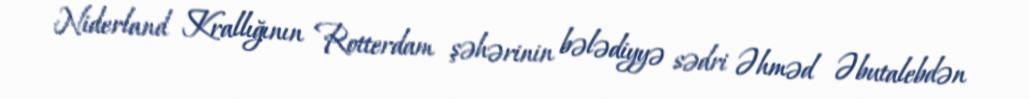
Niderland Krallığının Rotterdam şəhərinin bələdiyyə sədri Əhməd Əbutalebdən